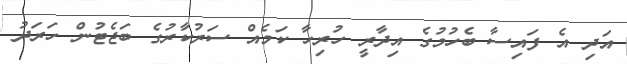
އަދި އެ ފައިސާ ބެހުމުގެ އިދާރީ ހުރިހާ ކަމެއް ސަރުކާރުގެ ބަޖެޓުން ހަރަދު